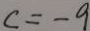
c = - 9